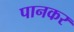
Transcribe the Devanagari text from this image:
पानकर